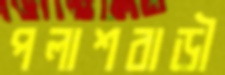
পলাশবাড়ী